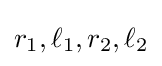
r_{1},\ell _{1},r_{2},\ell _{2}